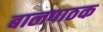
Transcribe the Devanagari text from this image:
बालपाठक